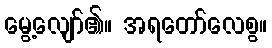
မွေ့လျော်၏။ အရတော်လေစွ။